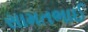
સામતભાઈ